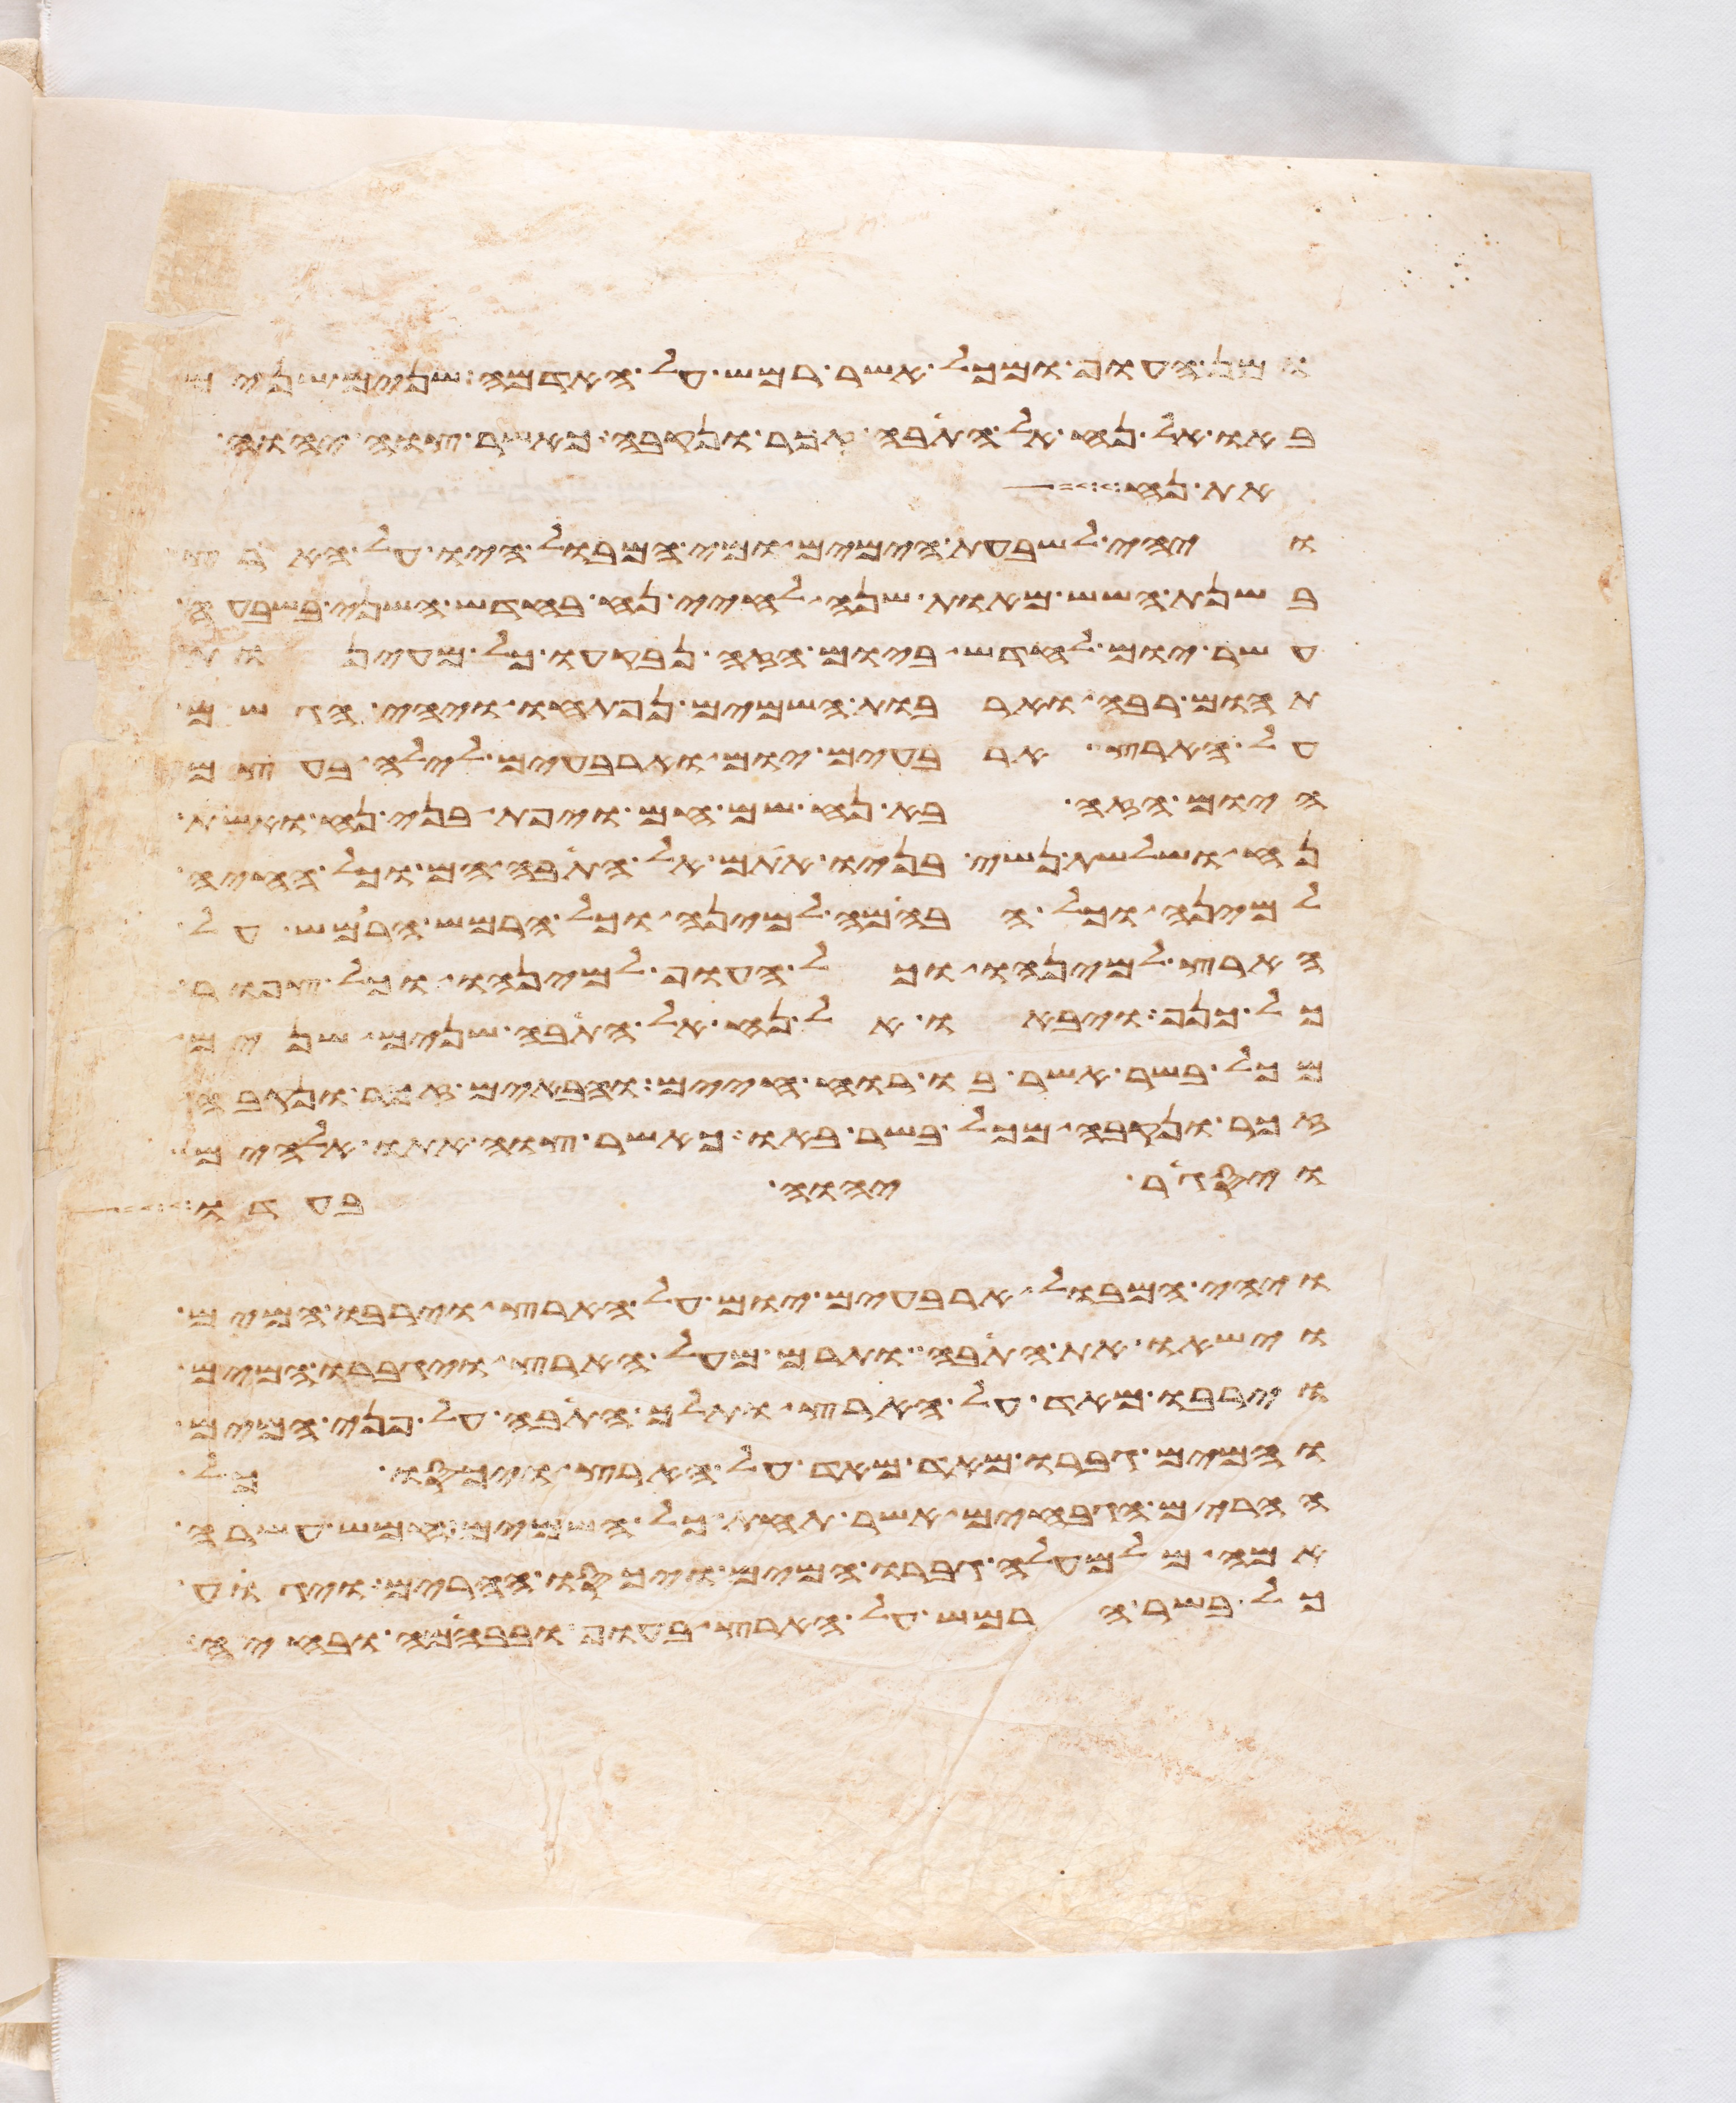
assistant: ומן העוף ומכל אשר רמש על האדמה שנים שנים
באו אל נח אל התבה זכר ונקבה כאשר צוה יהוה
את נח
ויהי לשבעת הימים ומי המבול היו על הארץ
בשנת השש מאות שנה לחיי נח בחדש השני בשבעה
עשר יום לחדש ביום הזה נבקעו כל מעינות
תהום רבה וארבות השמים נפתחו ויהי הגשם
על הארץ ארבעים יום וארבעים לילה בעצם
היום הזה בא נח שם חם ויפת בני נח ואשת
נח ושלשת נשי בניו אתם אל התבה הם וכל החיה
למינה וכל הבהמה למינה וכל הרמש הרמש על
הארץ למינהו וכל העוף למינהו כל צפור
כל כנף ויבאו אל נח אל התבה שנים שנים
מכל בשר אשר בו רוח חיים והבאים זכר ונקבה
זכר ונקבה מכל בשר באו כאשר צוה אתו אלהים
ויסגר יהוה בעדו
ויהי המבול ארבעים יום על הארץ וירבו המים
וישאו את התבה ותרם מעל הארץ ויגברו המים
וירבו מאד על הארץ ותלך התבה על פני המים
והמים גברו מאד מאד על הארץ ויכסו כל
ההרים הגבחים אשר תחת כל השמים חמש עשרה
אמה מלמעלה גברו המים ויכסו ההרים ויגוע
כל בשר הרמש על הארץ בעוף ובבהמה ובחיה